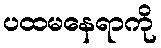
ပထမနေရာကို